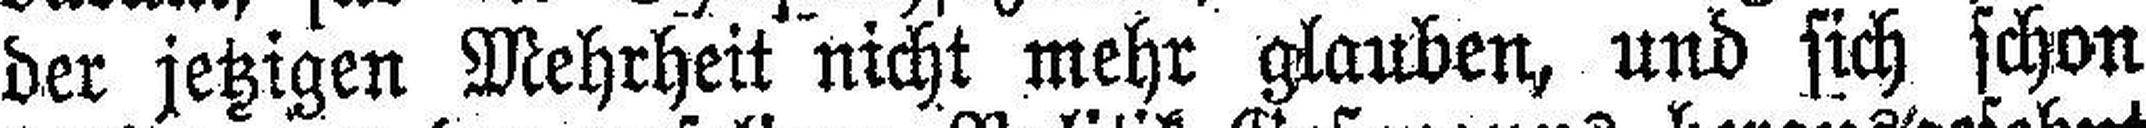
der jetzigen Mehrheit nicht mehr glauben, und sich schon